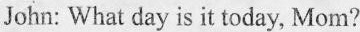
John: What day is it today, Mom?